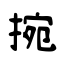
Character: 捥